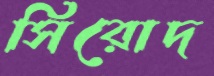
সিরোদ